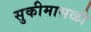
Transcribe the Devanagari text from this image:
सुकीमासळी